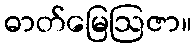
ဓာတ်မြေဩဇာ။